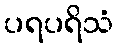
ပရပရိသံ